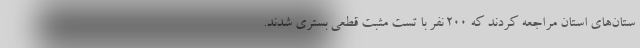
ستان‌های استان مراجعه کردند که ۲۰۰ نفر با تست مثبت قطعی بستری شدند.